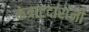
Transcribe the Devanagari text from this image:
कंत्राटदारांनी